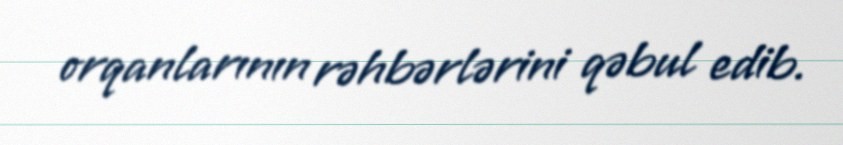
orqanlarının rəhbərlərini qəbul edib.